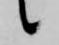
候